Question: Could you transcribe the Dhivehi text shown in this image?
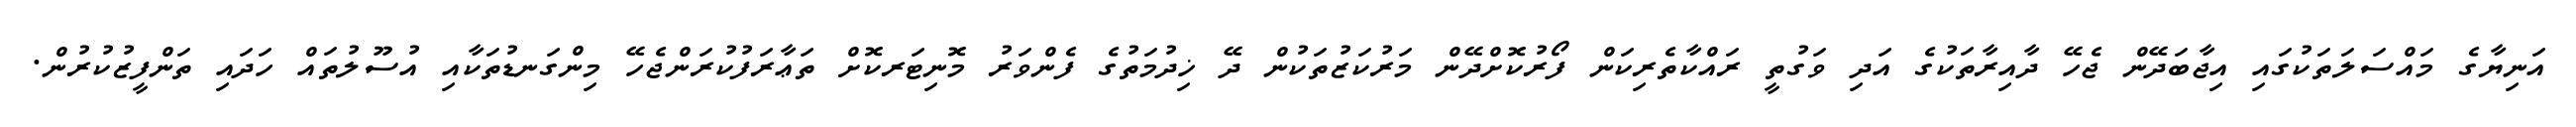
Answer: އަނިޔާގެ މައްސަލަތަކުގައި އިޖާބަދޭން ޖެހޭ ދާއިރާތަކުގެ އަދި ވަގުތީ ރައްކާތެރިކަން ފޯރުކޮށްދޭން މަރުކަޒުތަކުން ދޭ ޚިދުމަތުގެ ފެންވަރު މޮނިޓަރކޮށް ތަޢާރަފުކުރަންޖެހޭ މިންގަނޑުތަކާއި އުސޫލުތައް ހަދައި ތަންފީޒުކުރުން.